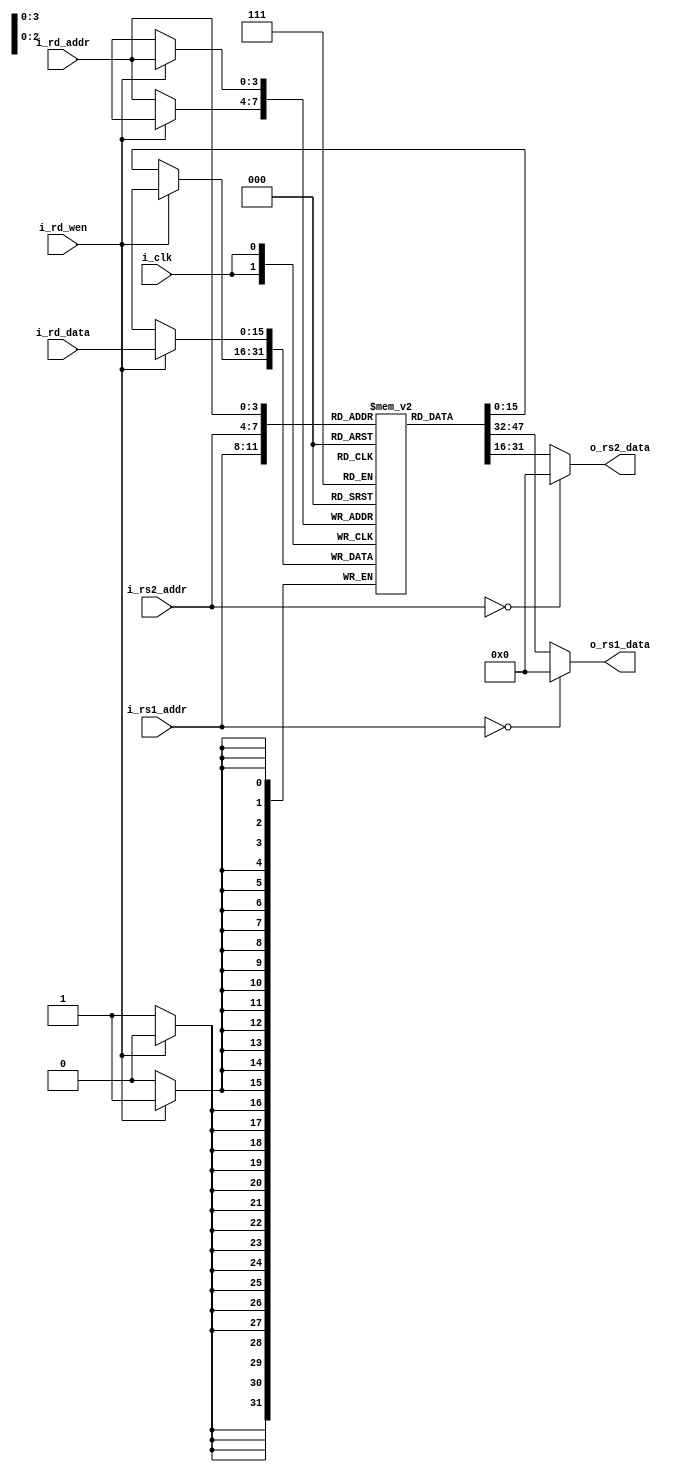
module Z16RegisterFile(i_clk, i_rs1_addr, o_rs1_data, i_rs2_addr, o_rs2_data, i_rd_addr, i_rd_wen, i_rd_data);

    input wire i_clk; // 

    input wire [3:0] i_rs1_addr; // RS1
    output wire [15:0] o_rs1_data; // RS1

    input wire [3:0] i_rs2_addr; // RS2
    output wire [15:0] o_rs2_data; // RS2

    input wire [3:0] i_rd_addr; // RD
    input wire i_rd_wen; // RD
    input wire [15:0] i_rd_data; // RD

    // 
    reg [15:0] mem[15:0];

    // Read
    // 00
    assign o_rs1_data = (i_rs1_addr == 4'h0) ? 16'h0000 : mem[i_rs1_addr];
    assign o_rs2_data = (i_rs2_addr == 4'h0) ? 16'h0000 : mem[i_rs2_addr];

    // Write
    always @(posedge i_clk) begin
        if (i_rd_wen) begin
            mem[i_rd_addr] <= i_rd_data;
        end else begin
            mem[i_rd_addr] <= mem[i_rd_addr];
        end
    end
endmodule